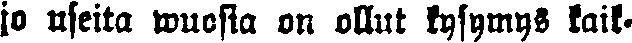
jo useita wuosia on ollut kysymys kaik-